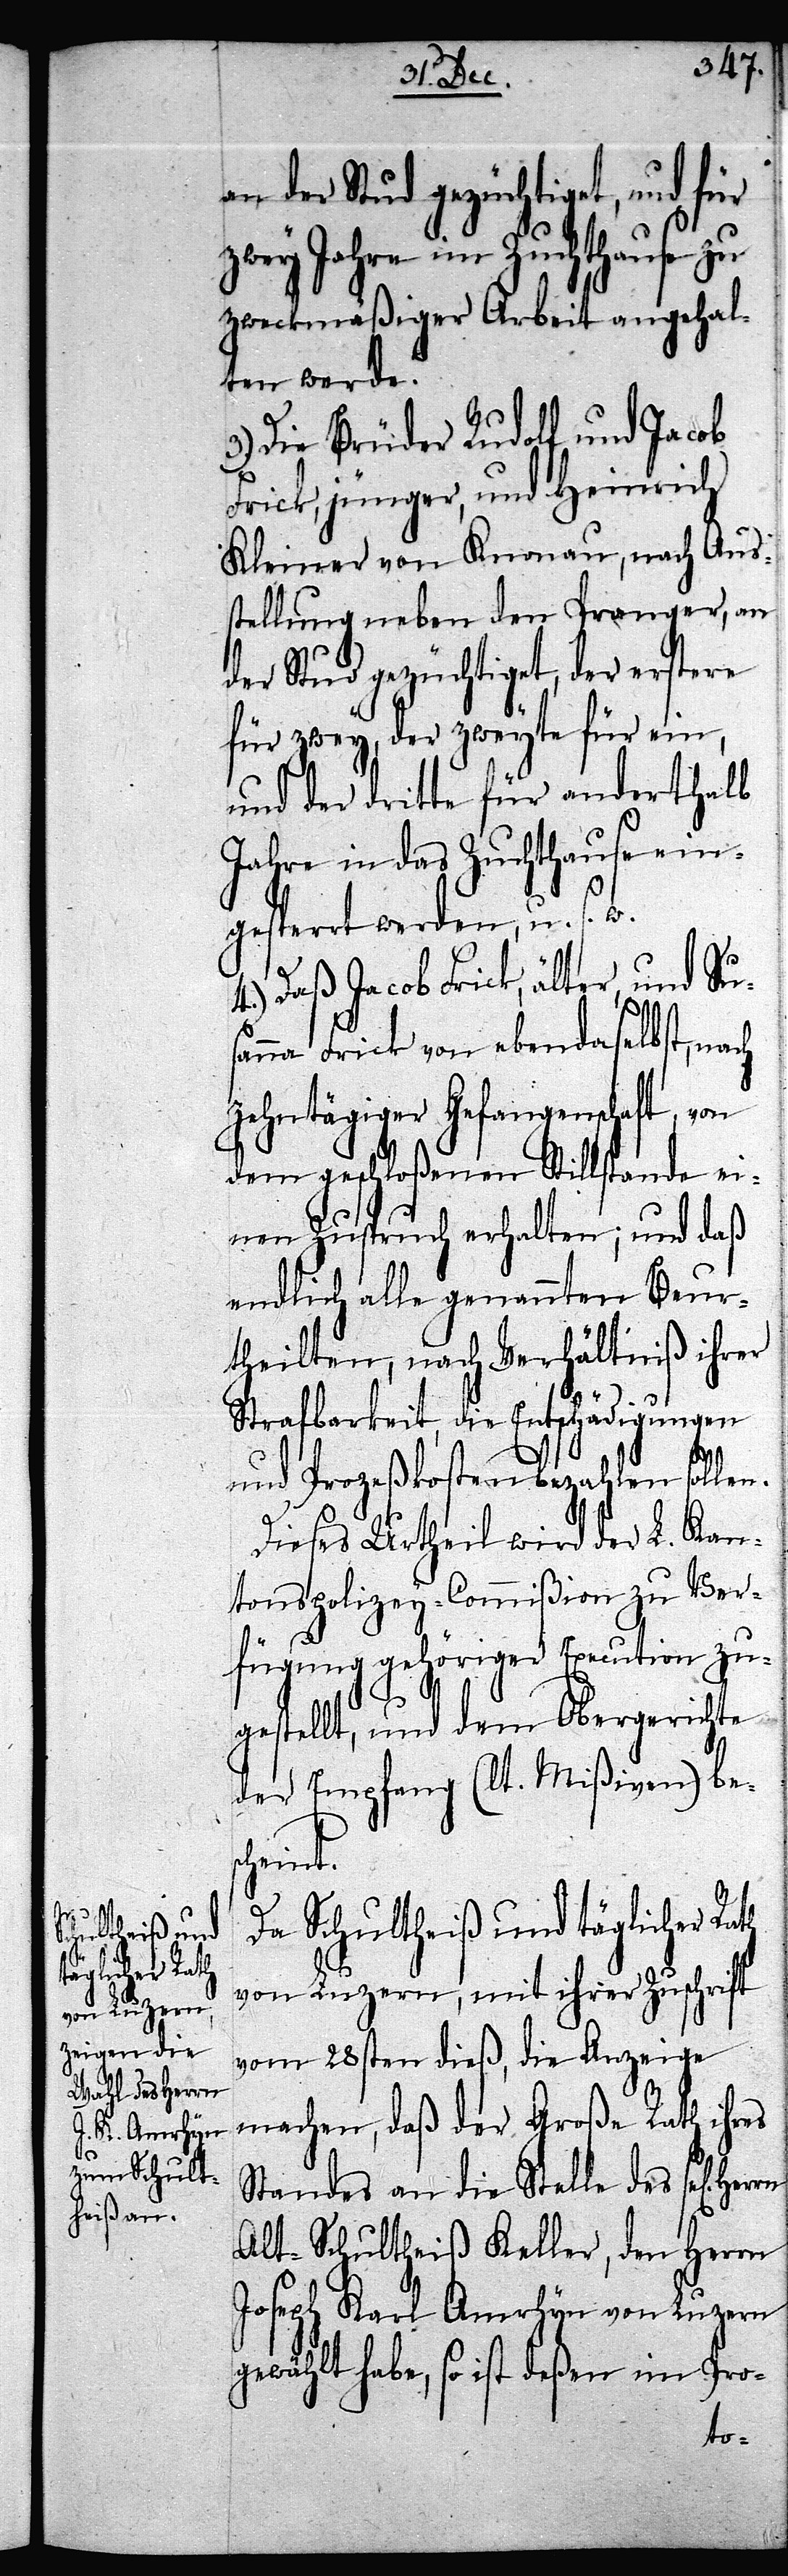
an der Stud gezüchtiget, und für
zwey Jahre im Zuchthause zu
zweckmäßiger Arbeit angehal¬
ten werde.
3.) Die Brüder Rudolf und Jacob
Frick, jünger, und Heinrich
Kleiner von Knonau, nach Aus¬
stellung neben den Pranger, an
der Stud gezüchtiget, der erstere
für zwey, der zweyte für ein,
und der dritte für anderthalb
Jahre in das Zuchthause ein¬
gesperrt werden, u. s. w.
4.) Daß Jacob Frick, älter, und Su¬
sanna Frick von ebendaselbst, von
dem geschloßenen Stillstande ei¬
nen Zuspruch erhalten; und daß
endlich alle genannten Beur¬
theilten, nach Verhältniß ihrer
Strafbarkeit, die Entschädigungen
und Prozeßkosten bezahlen sollen.
Dieses Urtheil wird der L. Kan¬
tonspolizey-Commißion zu Ver¬
fügung gehöriger Execution zu¬
gestellt, und dem Obergerichte
der Empfang (lt. Mißiven) bes¬
cheint.
Da Schultheiß und täglicher Rath
von Luzern, mit ihrer Zuschrift
vom 28sten dieß, die Anzeige
machen, daß der Große Rath ihres
Standes an die Stelle des sel[igen]
Alt-Schultheiß Keller, den Herrn
Joseph Karl Amrhyn von Luzern
gewählt habe, so ist deßen im Pro-